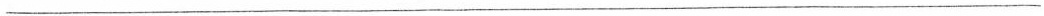
___